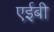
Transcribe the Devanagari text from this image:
एईबी